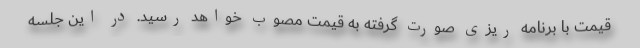
قیمت با برنامه ریزی صورت گرفته به قیمت مصوب خواهد رسید. در این جلسه